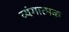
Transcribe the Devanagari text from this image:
व्‍यंगात्‍मक